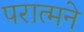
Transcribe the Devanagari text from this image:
परात्मने